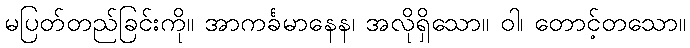
မပြတ်တည်ခြင်းကို။ အာကင်္ခမာနေန၊ အလိုရှိသော။ ဝါ၊ တောင့်တသော။